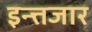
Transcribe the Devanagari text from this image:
इन्त्तजार